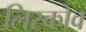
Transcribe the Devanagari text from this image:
लिस्कोव